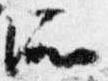
所